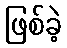
ဖြစ်ခဲ့